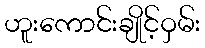
ဟူးကောင်းချိုင့်ဝှမ်း